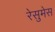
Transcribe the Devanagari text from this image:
रेसुमेस